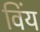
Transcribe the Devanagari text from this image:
विंय